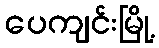
ပေကျင်းမြို့